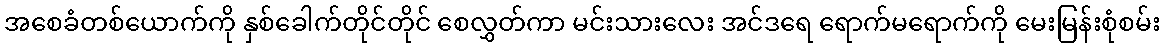
အစေခံတစ်ယောက်ကို နှစ်ခေါက်တိုင်တိုင် စေလွှတ်ကာ မင်းသားလေး အင်ဒရေ ရောက်မရောက်ကို မေးမြန်းစုံစမ်း